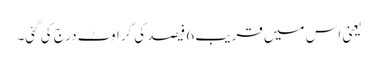
یعنی اس میں قریب 6 فیصد کی گراوٹ درج کی گئی۔